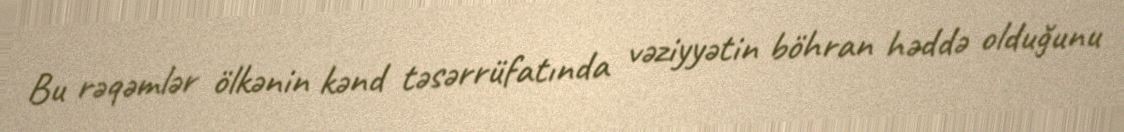
Bu rəqəmlər ölkənin kənd təsərrüfatında vəziyyətin böhran həddə olduğunu